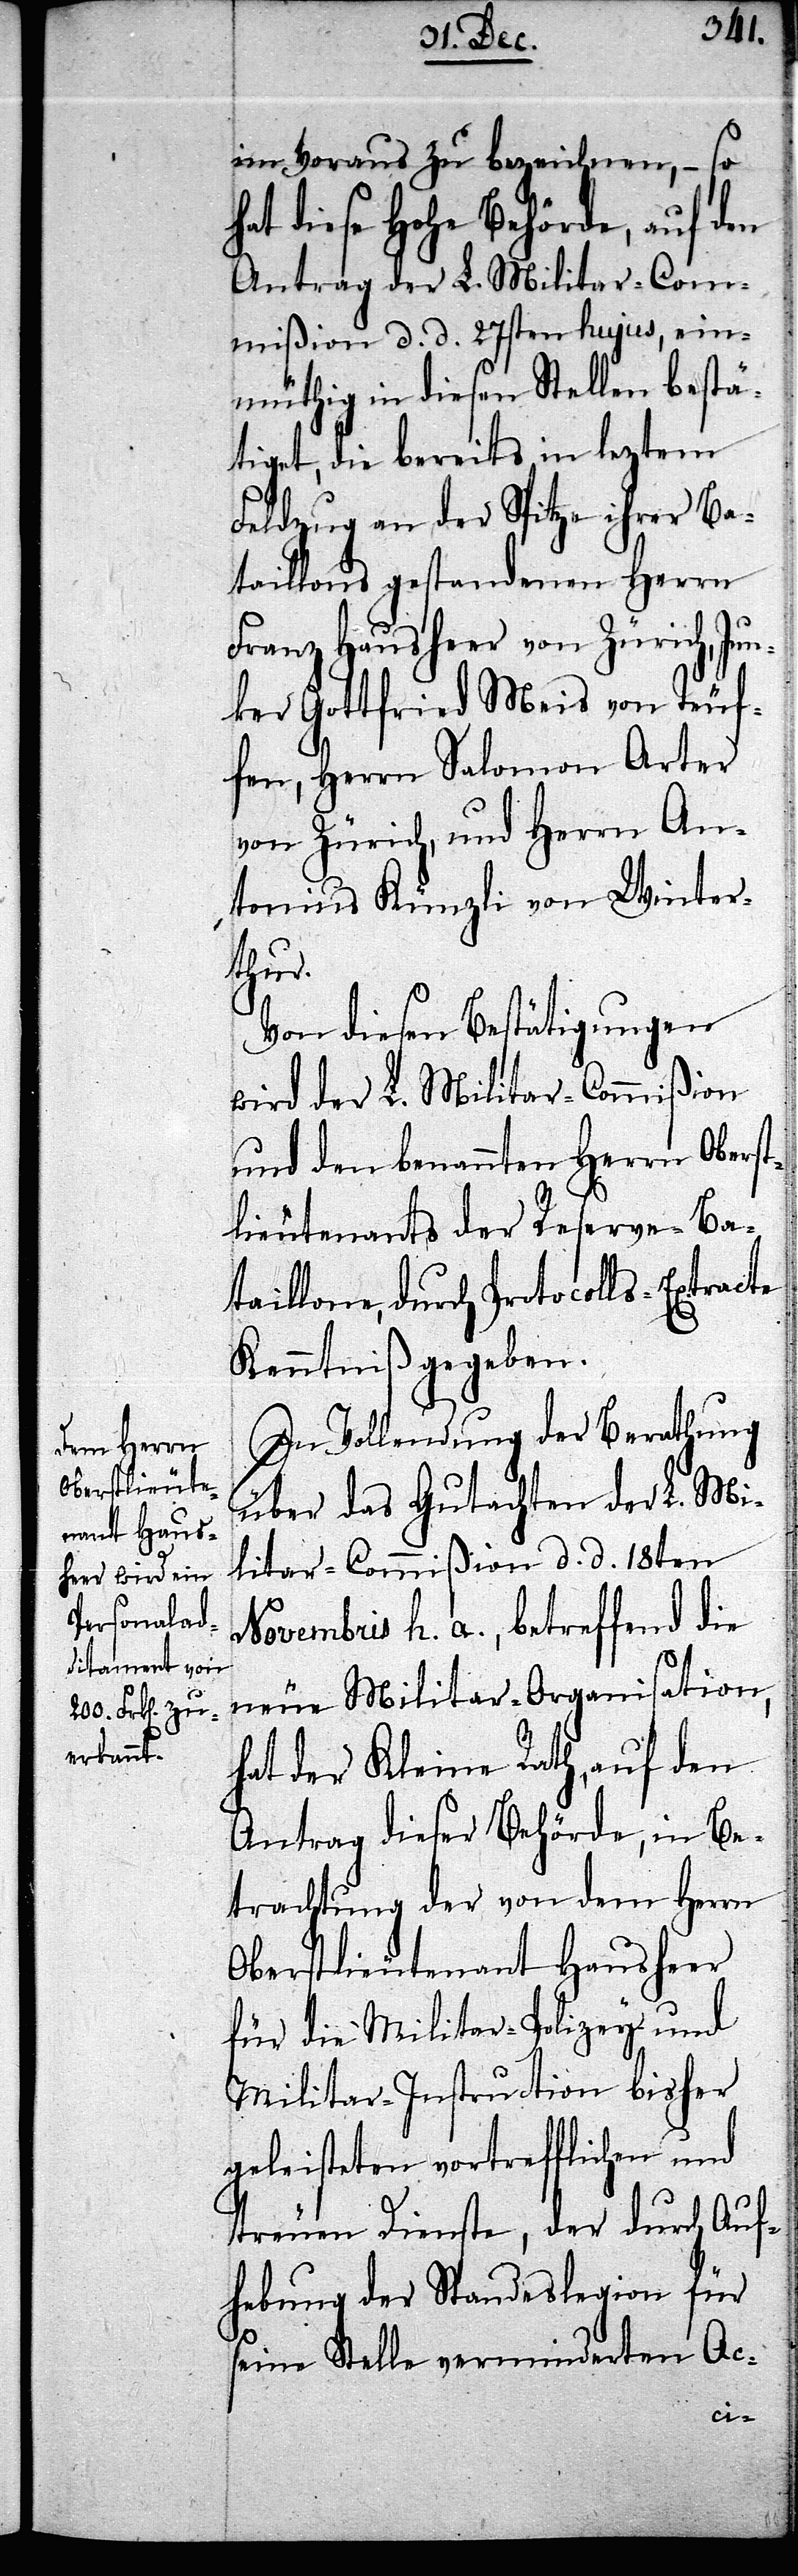
im Voraus zu bezeichnen, – so
hat diese Hohe Behörde, auf den
Antrag der L. Militar-Com¬
mißion d. d. 27sten hujus, ein¬
müthig in diesen Stellen bestä¬
tiget, die bereits in leztem
Feldzug an der Spitze ihrer Ba¬
taillions gestandenen Herrn
Franz Hausheer von Zürich, Ju¬
nker Gottfried Meis von Teuf¬
fen, Herrn Salomon Arter
von Zürich, und Herrn An¬
tonius Künzli von Winter¬
thur.
Von diesen Bestätigungen
wird der L. Militar-Commißion
und den benannten Herrn Oberst¬
lieutenants der Reserve-Ba¬
taillone, durch Protocolls-Extracte
Kenntniß gegeben.
In Vollendung der Berathung
über das Gutachten der L. Mi¬
litar-Commißion d. d. 18ten
Novembris h. a., betreffend die
neue Militar-Organisation,
hat der Kleine Rath, auf den
Antrag dieser Behörde, in Be¬
trachtung der von dem Herrn
Oberstlieutenant Hausheer
für die Militar-Polizey und
Militar-Instruction bisher
geleisteten vorrefflichen und
treuen Dienste, der durch Auf¬
hebung der Standeslegion für
seine Stelle verminderten Ac-